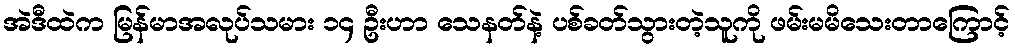
အဲဒီထဲက မြန်မာအလုပ်သမား ၁၄ ဦးဟာ သေနတ်နဲ့ ပစ်ခတ်သွားတဲ့သူကို ဖမ်းမမိသေးတာကြောင့်